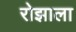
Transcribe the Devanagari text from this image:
रोझाला